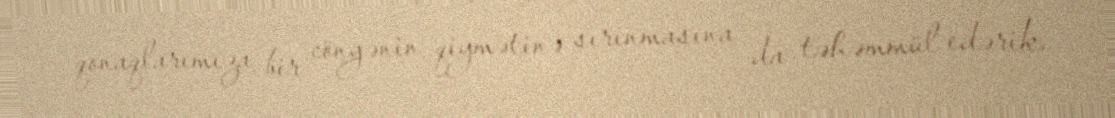
qonaqlarımıza bir cöngənin qiymətinə sırınmasına da təhəmmül edərik.